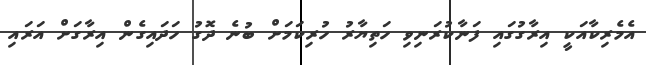
އެމެރިކާއަކީ އިރާގުގައި ފަނާކުރަނިވި ހަތިޔާރު ހުރިކަމަށް ބުނެ ދޮގު ހަދައިގެން އިރާގަށް އަރައި